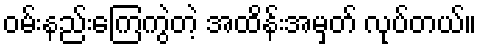
ဝမ်းနည်းကြေကွဲတဲ့ အထိန်းအမှတ် လုပ်တယ်။